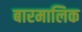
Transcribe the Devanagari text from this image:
बारमालिक